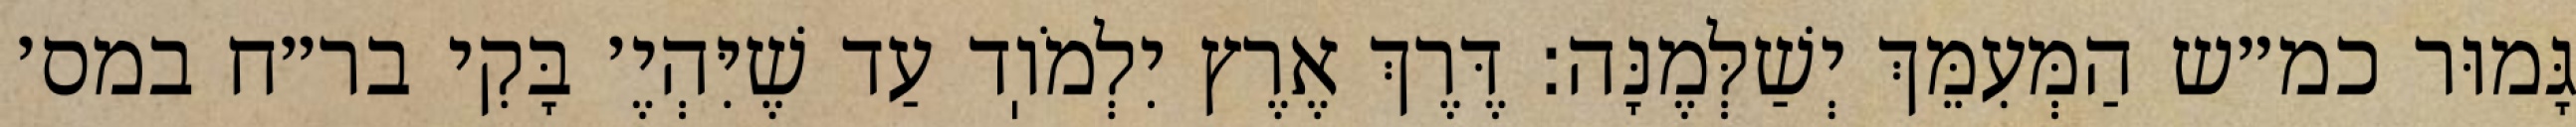
גָּמוּר כמ״ש הַמְּעִמֵּךְ יְשַׁלְּמֶנָּה: דֶּרֶךְ אֶרֶץ יִלְמֹוֽד עַד שֶׁיִּהְיֶ׳ בָּקִי בר״ח במס׳